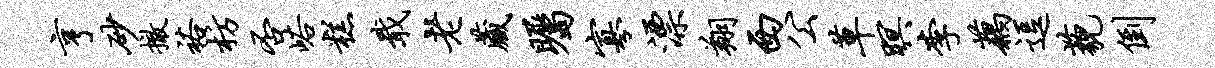
亨砂撤裕枋否峪糕戢老藏瞩寡漂翔西公草暝李藕逗藐倒